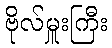
ဗိုလ်မှူးကြီး